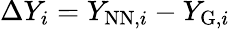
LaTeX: \Delta Y_{i}=Y_{\mathrm{NN},i}-Y_{\mathrm{G},i}